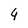
Character: 4